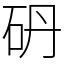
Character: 砃